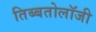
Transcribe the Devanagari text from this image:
तिब्‍बतोलॉजी